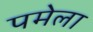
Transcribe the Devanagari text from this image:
पमेला